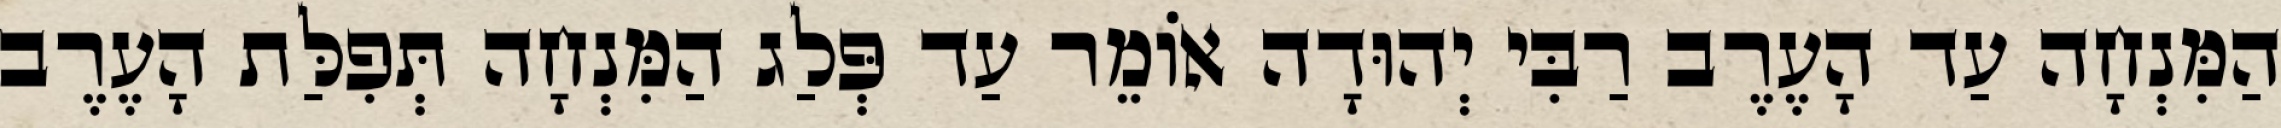
הַמִּנְחָה עַד הָעֶרֶב רַבִּי יְהוּדָה אוֹמֵר עַד פְּלַג הַמִּנְחָה תְּפִלַּת הָעֶרֶב